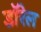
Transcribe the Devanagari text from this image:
डॉरेल